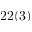
2 2 ( 3 )